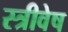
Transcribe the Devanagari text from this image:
स्त्रीवेष